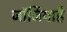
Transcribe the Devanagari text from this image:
जॉर्जियाहै